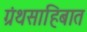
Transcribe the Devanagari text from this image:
ग्रंथसाहिबात